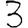
Digit: 3